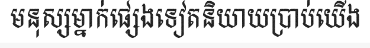
មនុស្សម្នាក់ផ្សេងទៀតនិយាយប្រាប់យើង